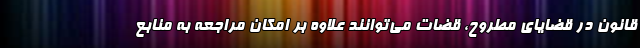
قانون در قضایای مطروح، قضات می‌توانند علاوه بر امکان مراجعه به منابع